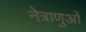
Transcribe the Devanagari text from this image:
नेत्राणुओं